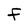
Character: F